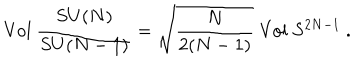
LaTeX: \mathrm { V o l } \ \frac { S U ( N ) } { S U ( N - 1 ) } = \sqrt { \frac { N } { 2 ( N - 1 ) } } \ \mathrm { V o l } \ S ^ { 2 N - 1 } \ .